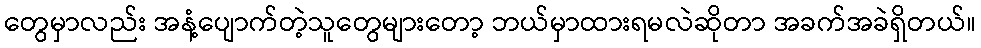
တွေမှာလည်း အနံ့ပျောက်တဲ့သူတွေများတော့ ဘယ်မှာထားရမလဲဆိုတာ အခက်အခဲရှိတယ်။